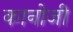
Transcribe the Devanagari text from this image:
कानोजी